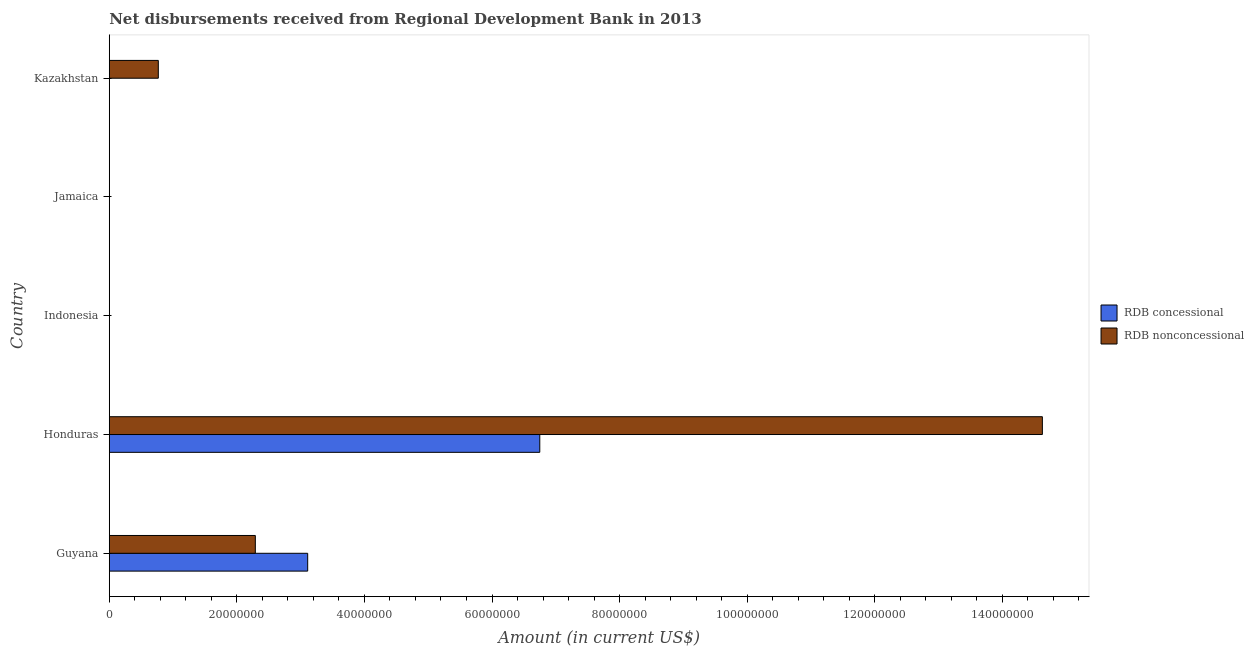
| Country | RDB concessional | RDB nonconcessional |
 | --- | --- | --- |
 | Guyana | 3.11e+07 | 2.29e+07 |
 | Honduras | 6.75e+07 | 1.46e+08 |
 | Indonesia | -8.76e+07 | -7.49e+08 |
 | Jamaica | -3.31e+06 | -4.6e+06 |
 | Kazakhstan | -3.58e+05 | 7.69e+06 |